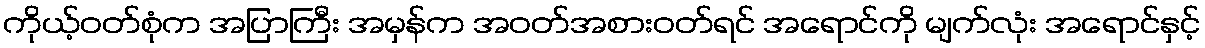
ကိုယ့်ဝတ်စုံက အပြာကြီး အမှန်က အဝတ်အစားဝတ်ရင် အရောင်ကို မျက်လုံး အရောင်နှင့်